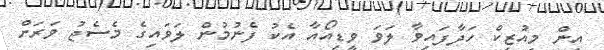
އިން މިއުޒިކް ހަދާފައިވާ ލަވަ ވީޑިއޯއާ އެކު ފެނުމުން ލަވައިގެ މެސެޖު ވަރަށް